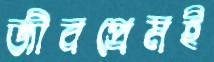
জীবপ্রেমই